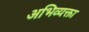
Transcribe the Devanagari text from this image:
अभिव्यक्ता